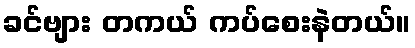
ခင်ဗျား တကယ် ကပ်စေးနဲတယ်။